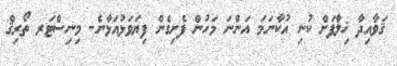
ޤަވާއިދާ ޚިލާފަށް ކުނި އުކާނަމަ އަންނަ މަހުން ފެށިގެން ފިޔަވަޅުއަޅާނެ- މިނިސްޓަރ ތޯރިޤް